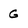
Character: G